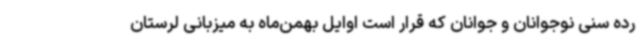
رده سنی نوجوانان و جوانان که قرار است اوایل بهمن‌ماه به میزبانی لرستان